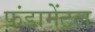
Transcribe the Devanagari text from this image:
फ़ंडामेंटल